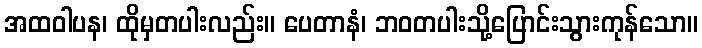
အထဝါပန၊ ထိုမှတပါးလည်း။ ပေတာနံ၊ ဘဝတပါးသို့ပြောင်းသွားကုန်သော။